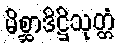
မိစ္ဆာဒိဋ္ဌိသုတ္တံ